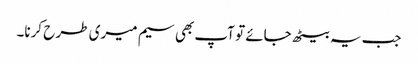
جب یہ بیٹھ جائے تو آپ بھی سیم میری طر ح کرنا۔